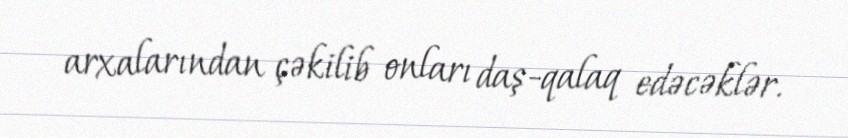
arxalarından çəkilib onları daş-qalaq edəcəklər.